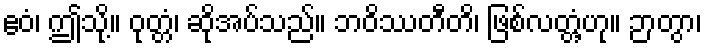
ဧဝံ၊ ဤသို့။ ဝုတ္တံ၊ ဆိုအပ်သည်။ ဘဝိဿတီတိ၊ ဖြစ်လတ္တံ့ဟု။ ဉာတွာ၊